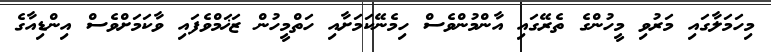
މިހަމަލާގައި މަރުވި މީހުންގެ ތެރޭގައި އާންމުންވެސް ހިމެނޭކަމަށާއި ހަތްމީހުން ޒަޚަމްވެފައި ވާކަމަށްވެސް އިންޑިއާގެ